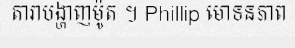
តារាបង្ហាញម៉ូត ។ Phillip មោទនភាព